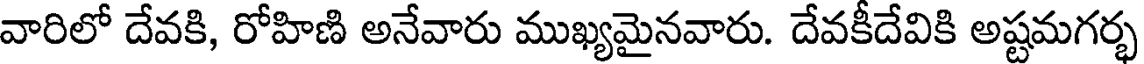
వారిలో దేవకి, రోహిణి అనేవారు ముఖ్యమైనవారు. దేవకీదేవికి అష్టమగర్భ